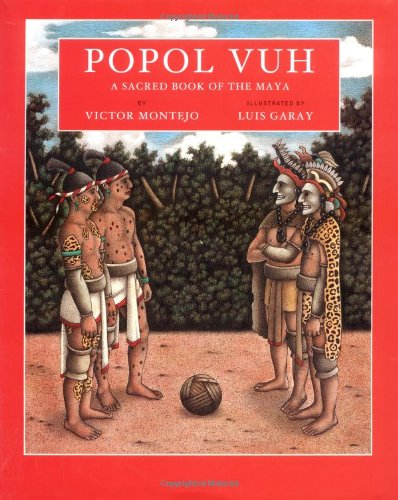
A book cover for Popol Vuh: A Sacred Book of the Maya; Victor Montejo; Children's Books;